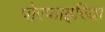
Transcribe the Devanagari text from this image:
पोरफाइरिया